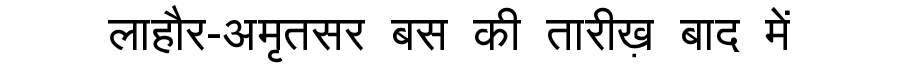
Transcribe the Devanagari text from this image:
लाहौर-अमृतसर बस की तारीख़ बाद में